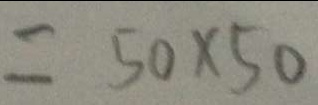
= 5 0 \times 5 0